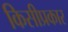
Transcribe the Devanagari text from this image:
किसीप्रकार